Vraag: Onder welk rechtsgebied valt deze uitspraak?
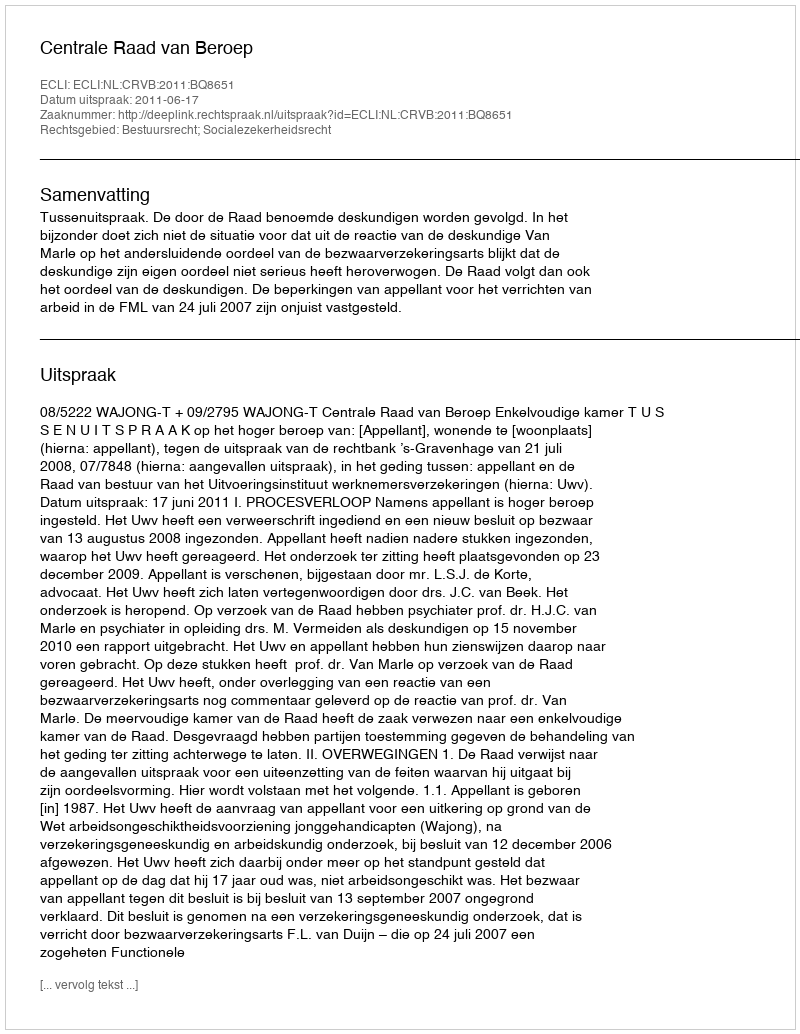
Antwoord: Bestuursrecht; Socialezekerheidsrecht